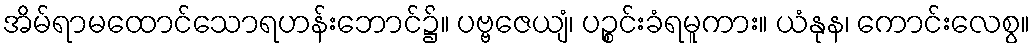
အိမ်ရာမထောင်သောရဟန်းဘောင်၌။ ပဗ္ဗဇေယျံ၊ ပဉ္စင်းခံရမူကား။ ယံနုန၊ ကောင်းလေစွ။